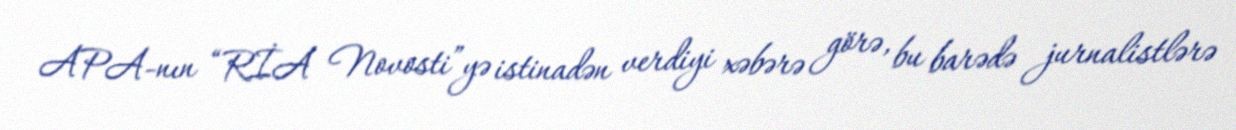
APA-nın “RİA Novosti”yə istinadən verdiyi xəbərə görə, bu barədə jurnalistlərə